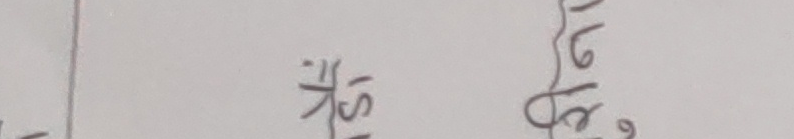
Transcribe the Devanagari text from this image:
किस ट्ठ